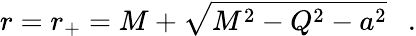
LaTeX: r=r_{+}=M+\sqrt{M^{2}-Q^{2}-a^{2}}~~~.